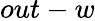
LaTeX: out-w